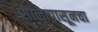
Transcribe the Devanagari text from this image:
सालापासूनचा